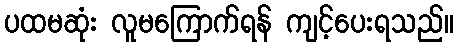
ပထမဆုံး လူမကြောက်ရန် ကျင့်ပေးရသည်။